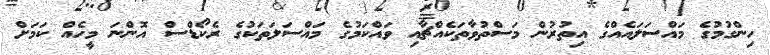
ހިންގުމުގެ މައްސަލައެއްގެ އިތުރުން މަސްތުވާތަކެއްޗާއި ވައްކަމުގެ މައްސަލަތަކުގެ ރެކޯޑްސް އޮންނަ މީހެއް ކަމަށް